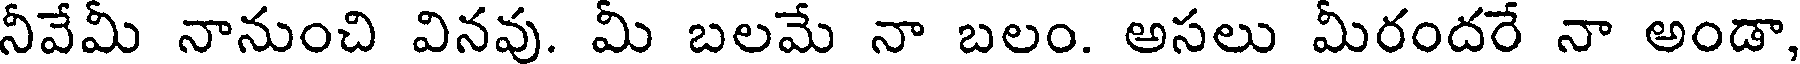
నీవేమీ నానుంచి వినవు. మీ బలమే నా బలం. అసలు మీరందరే నా అండా